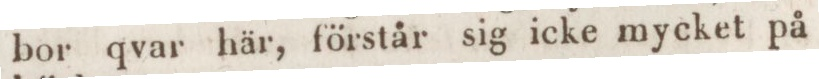
bor qvar här, förstår sig icke mycket på